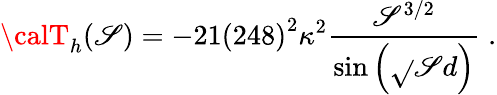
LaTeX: {\calT}_{h}(\mathscr{S})=-21\left(248\right)^{2}\kappa^{2}\frac{{\mathscr{S}^{3/2}}}{{\sin\left(\sqrt{}{{\mathscr{S}}}d\right)}}\; .